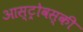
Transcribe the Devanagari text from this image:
आस्ट्रोवस्की